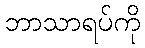
ဘာသာရပ်ကို